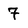
Character: 7